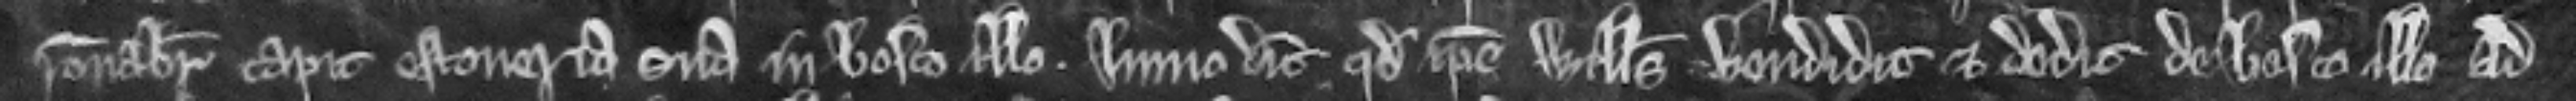
racionabiliter capit estoveria sua in bosco illo. Immo dicit quod ipse Willelmus vendidit et dedit de bosco illo ad